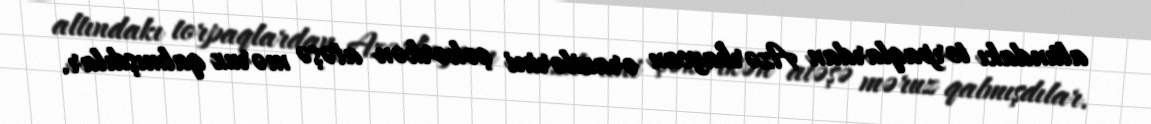
altındakı torpaqlardan Azərbaycan ərazilərini çəkərkən atəşə məruz qalmışdılar.